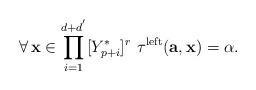
LaTeX: \begin{align*}\forall\,\mathbf{x}\in\displaystyle{\prod_{i=1}^{d+d^{'}}}[Y_{p+i}^{*}]^{r}\,\,\tau^{\mathrm{left}}(\mathbf{a},\mathbf{x})=\alpha.\end{align*}